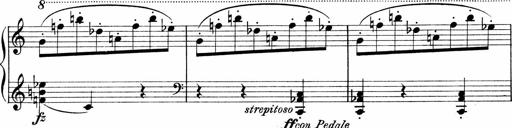
Title: Sonatina No.1
Composer: Otto Stoll
Key: C major